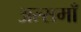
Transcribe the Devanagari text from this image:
अल्समाँ